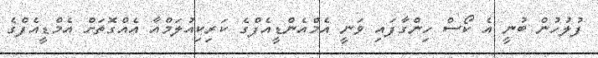
ފުލުހުން ބުނީ އެ ކޯސް ހިންގާފައި ވަނީ އެމްއެންޑީއެފްގެ ކަރިކިއުލަމްއާ އެއްގޮތަށް އެމްޑީއެފްގެ